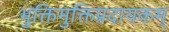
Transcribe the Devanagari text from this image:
भुक्तिमुक्तिप्रदायकम्